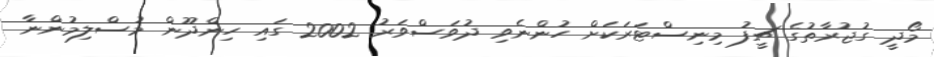
މޯދީ ގުޖުރާތުގެ ޗީފު މިނިސްޓަރަކަށް ހުންނެވި ދުވަސްވަރު 2002 ގައި ހިންދޫން މުސްލިމުންނާ